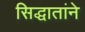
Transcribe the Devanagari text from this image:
सिद्धातांने